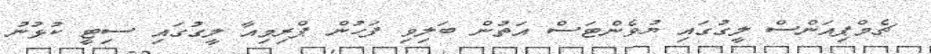
ޗެމްޕިއަންސް ލީގުގައި ޔުވެންޓަސް އަތުން ބަލިވި ފަހުން ޕްރިމިއާ ލީގުގައި ސިޓީ ކުޅުނު